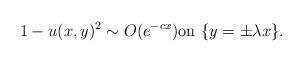
LaTeX: \begin{align*}1-u(x,y)^2\sim O(e^{-cx})\mbox{on}\ \{y=\pm\lambda x\}.\end{align*}